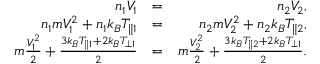
\begin{array} { r l r } { n _ { 1 } V _ { 1 } } & { = } & { n _ { 2 } V _ { 2 } , } \\ { n _ { 1 } m V _ { 1 } ^ { 2 } + n _ { 1 } k _ { B } T _ { \parallel 1 } } & { = } & { n _ { 2 } m V _ { 2 } ^ { 2 } + n _ { 2 } k _ { B } T _ { \parallel 2 } , } \\ { m \frac { V _ { 1 } ^ { 2 } } { 2 } + \frac { 3 k _ { B } T _ { \parallel 1 } + 2 k _ { B } T _ { \perp 1 } } { 2 } } & { = } & { m \frac { V _ { 2 } ^ { 2 } } { 2 } + \frac { 3 k _ { B } T _ { \parallel 2 } + 2 k _ { B } T _ { \perp 1 } } { 2 } . } \end{array}